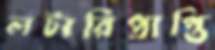
লটারিপ্রাপ্তি